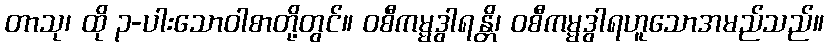
တာသု၊ ထို ၃-ပါးသောဝါစာတို့တွင်။ ဝစီကမ္မဒွါရန္တိ၊ ဝစီကမ္မဒွါရဟူသောအမည်သည်။